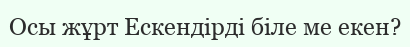
Осы жұрт Ескендірді біле ме екен?